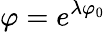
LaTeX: \varphi=e^{\lambda\varphi_{0}}